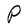
Character: P